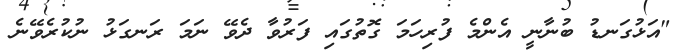
"އަޅުގަނޑު ބުނާނީ އެންމެ ފުރިހަމަ ގޮތުގައި ފަރުވާ ދެވޭ ނަމަ ރަނގަޅު ނުކުރެވޭނެ